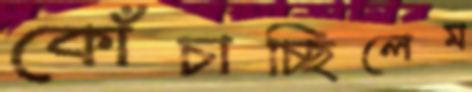
কোঁচাচ্ছিলেম